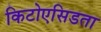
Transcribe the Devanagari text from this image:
किटोएसिडता